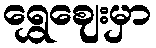
ရွှေဈေးမှာ